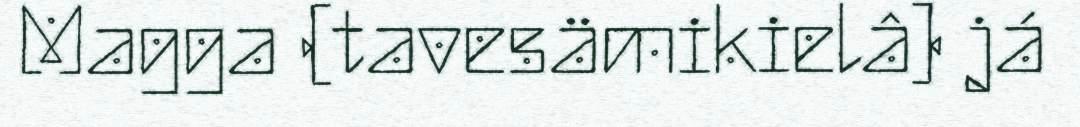
Magga (tavesämikielâ) já